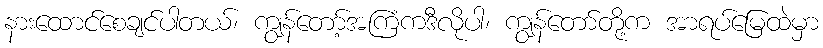
နားထောင်စေချင်ပါတယ်၊ ကျွန်တော့်အကြံကဒီလိုပါ၊ ကျွန်တော်တို့က အာရပ်မြေထဲမှာ